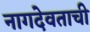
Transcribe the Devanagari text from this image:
नागदेवताची